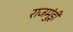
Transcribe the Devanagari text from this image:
राजमुंड्री